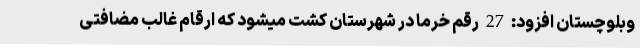
وبلوچستان افزود: 27 رقم خرما در شهرستان کشت میشود که ارقام غالب مضافتی